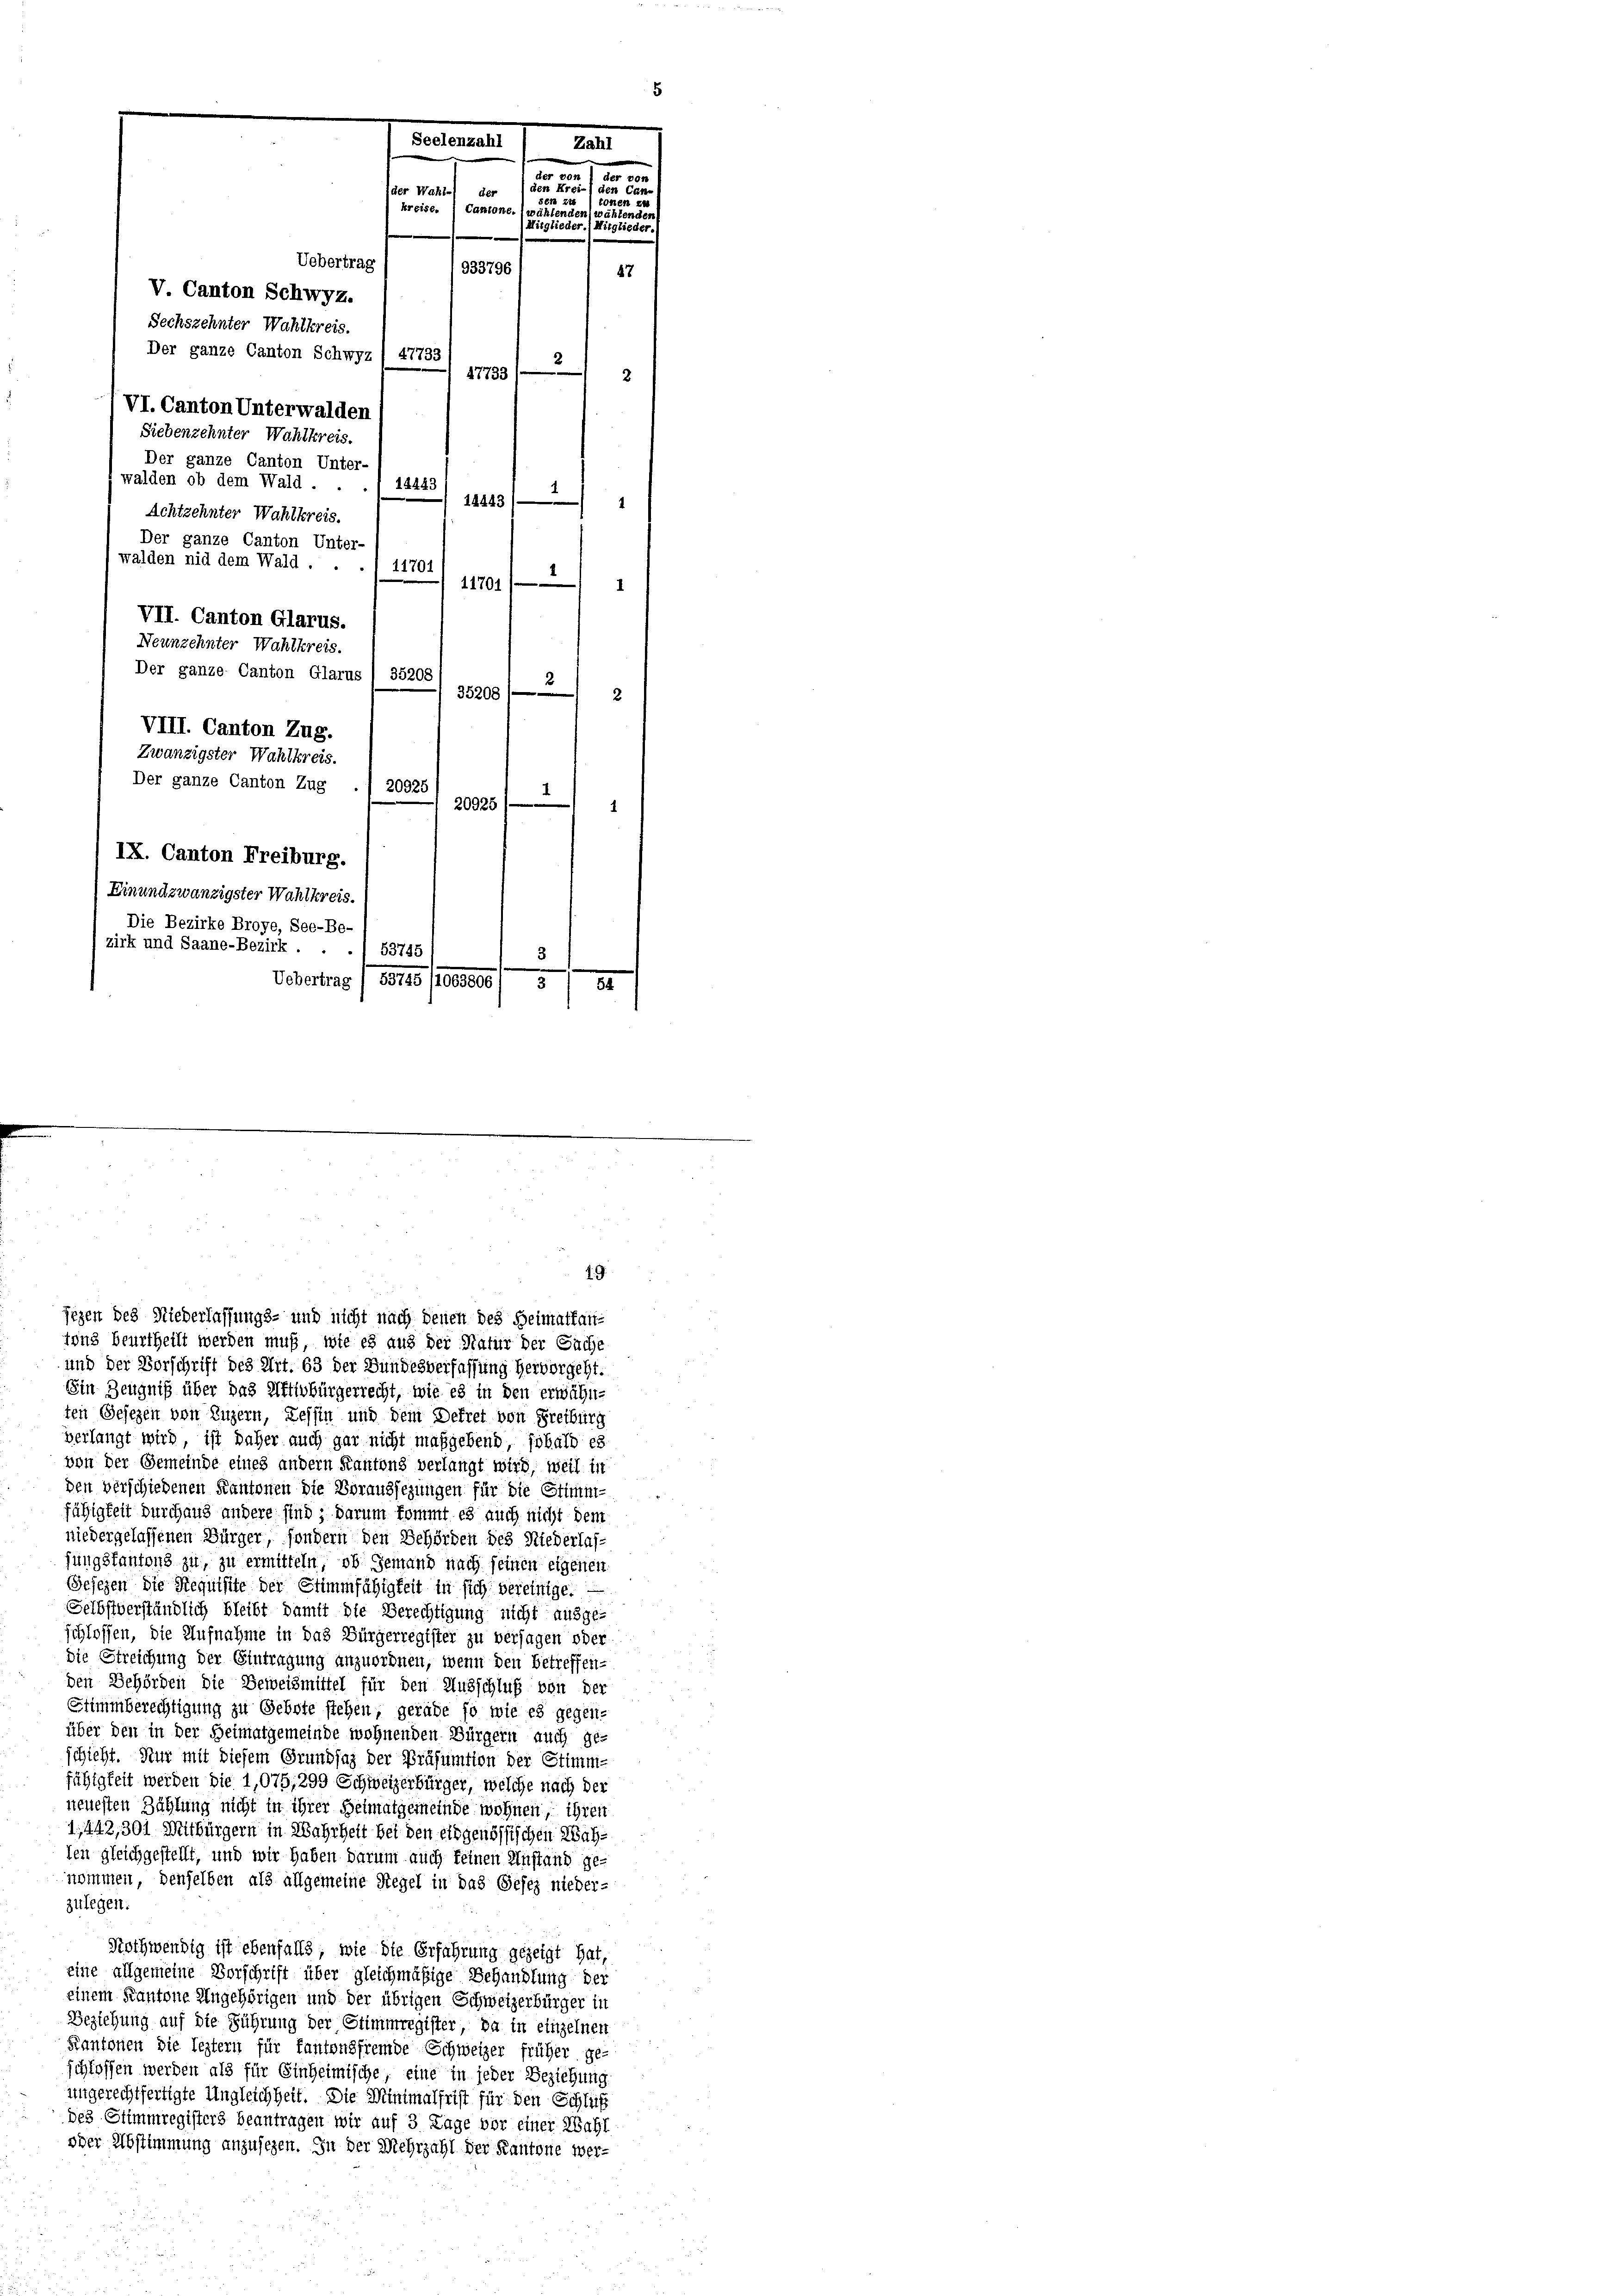
Der ganze Canton Unter-
walden nid dem Wald.
1170.
11701/
1
VII. Canton Glarus.
Neunzehnter Wahlkreis.
Der ganze Canton Glarus 1 35208
35208
2
VIII. Canton Zug.
Zwanzigster Wahlkreis.
Der ganze Canton Zug
20925
2
20925
IX. Canton Freiburg.
Einundzwanzigster Wahlkreis.
Die Bezirke Broye, See-Be-
zirk und Saane-Bezirk . .
53745
Uebertrag / 53745 (1063806 1 3
.

Seelenzahl
Zahl
r 704
der vo
den K.
 Cander Wahl-) der
n
618 2
kreise. (Cantone. (wählenden
uenden
Mitglieder.1 Mitglieder.
Uebertrag
933796
87
V. Canton Schwyz.
Sechszehnter Wahlkreis.
Der ganze Canton Schwyz / 47733
3
47733/
VI. Canton Unterwalden
Siebenzehnter Wahlkreis.
Der ganze Canton Unter-
walden ob dem Wald . .
14443
14443)
1
Achtzehnter Wahlkreis.

jezen des Niederlassungs- und nicht nach denen des Heimathautuns beurtheilt werden muß, wie es aus der Natur der Suche
und der Vorschrift des Art. 63 der Bundesverfassung hervorgeht.
Ein Zeugniß über das Aktivbürgerrecht, wie es in den erwähnten Gesezen von Luzern, Tessin und dem Dekret von Freiburg
verlangt wird, ist daher auch gar nicht maßgebend, sobald es
von der Gemeinde eines andern Kantons verlangt wird, weil in
den verschiedenen Kantonen die Voraussezungen für die Stimm-
fähigkeit durchaus andere sind; darum kommt es auch nicht dem
niedergelassenen Bürger, sondern den Behörden des Niederlas-
fungsfantons zu, zu ermitteln, ob jemand nach seinen eigenen
Gesezen die Requisite der Stimmfähigkeit in sich vereinige.
Selbstverständlich bleibt damit die Berechtigung nicht ausge-
schlossen, die Aufnahme in das Bürgerregister zu versagen oder
die Streichung der Eintragung anzuordnen, wenn den betreffen-
den Behörden die Beweismittel für den Ausschluß von der
Stimmberechtigung zu Gebote stehen, gerade so wie es gegen-
über den in der Heimatgemeinde wohnenden Bürgern auch ge-
schieht. Nur mit diesem Grundsaz der Präsumtion der Stimm-
fähigkeit werden die 1,075, 299 Schweizerbürger, welche nach der
neuesten Zählung nicht in ihrer Heimatgemeinde wohnen, ihren
1,442,301 Witbürgern in Wahrheit bei den eidgenössischen Wahten gleichgestellt, und wir haben darum auch keinen Anstand ge-
nommen, denselben als allgemeine Regel in das Gesez nieder-
zulegen.
Nothwendig ist ebenfalls, wie die Erfahrung gezeigt hat,
eine allgemeine Vorschrift über gleichmäßige Behandlung der
einem Kantone Angehörigen und der übrigen Schweizerbürger in
Beziehung auf die Führung der Stimmregister, da in einzelnen
Kantonen die leztern für fantonsfremde Schweizer früher ge-
schloffen werden als für Einheimische, eine in jeder Beziehung
ungerechtfertigte Ungleichheit. Die Minimalfrist für den Schlüß
des Stimmregisters beantragen wir auf 3 Lage vor einer Wahl
oder Abstimmung anzusehen. In der Mehrzahl der Kantone wer-

1. 9.